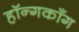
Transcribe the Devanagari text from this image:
हॉन्गकाँग